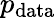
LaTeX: p_{\mathrm{data}}